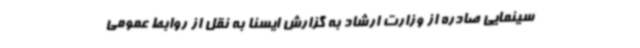
سینمایی صادره از وزارت ارشاد به گزارش ایسنا به نقل از روابط عمومی